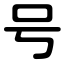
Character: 号